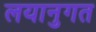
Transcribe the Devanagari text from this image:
लयानुगत